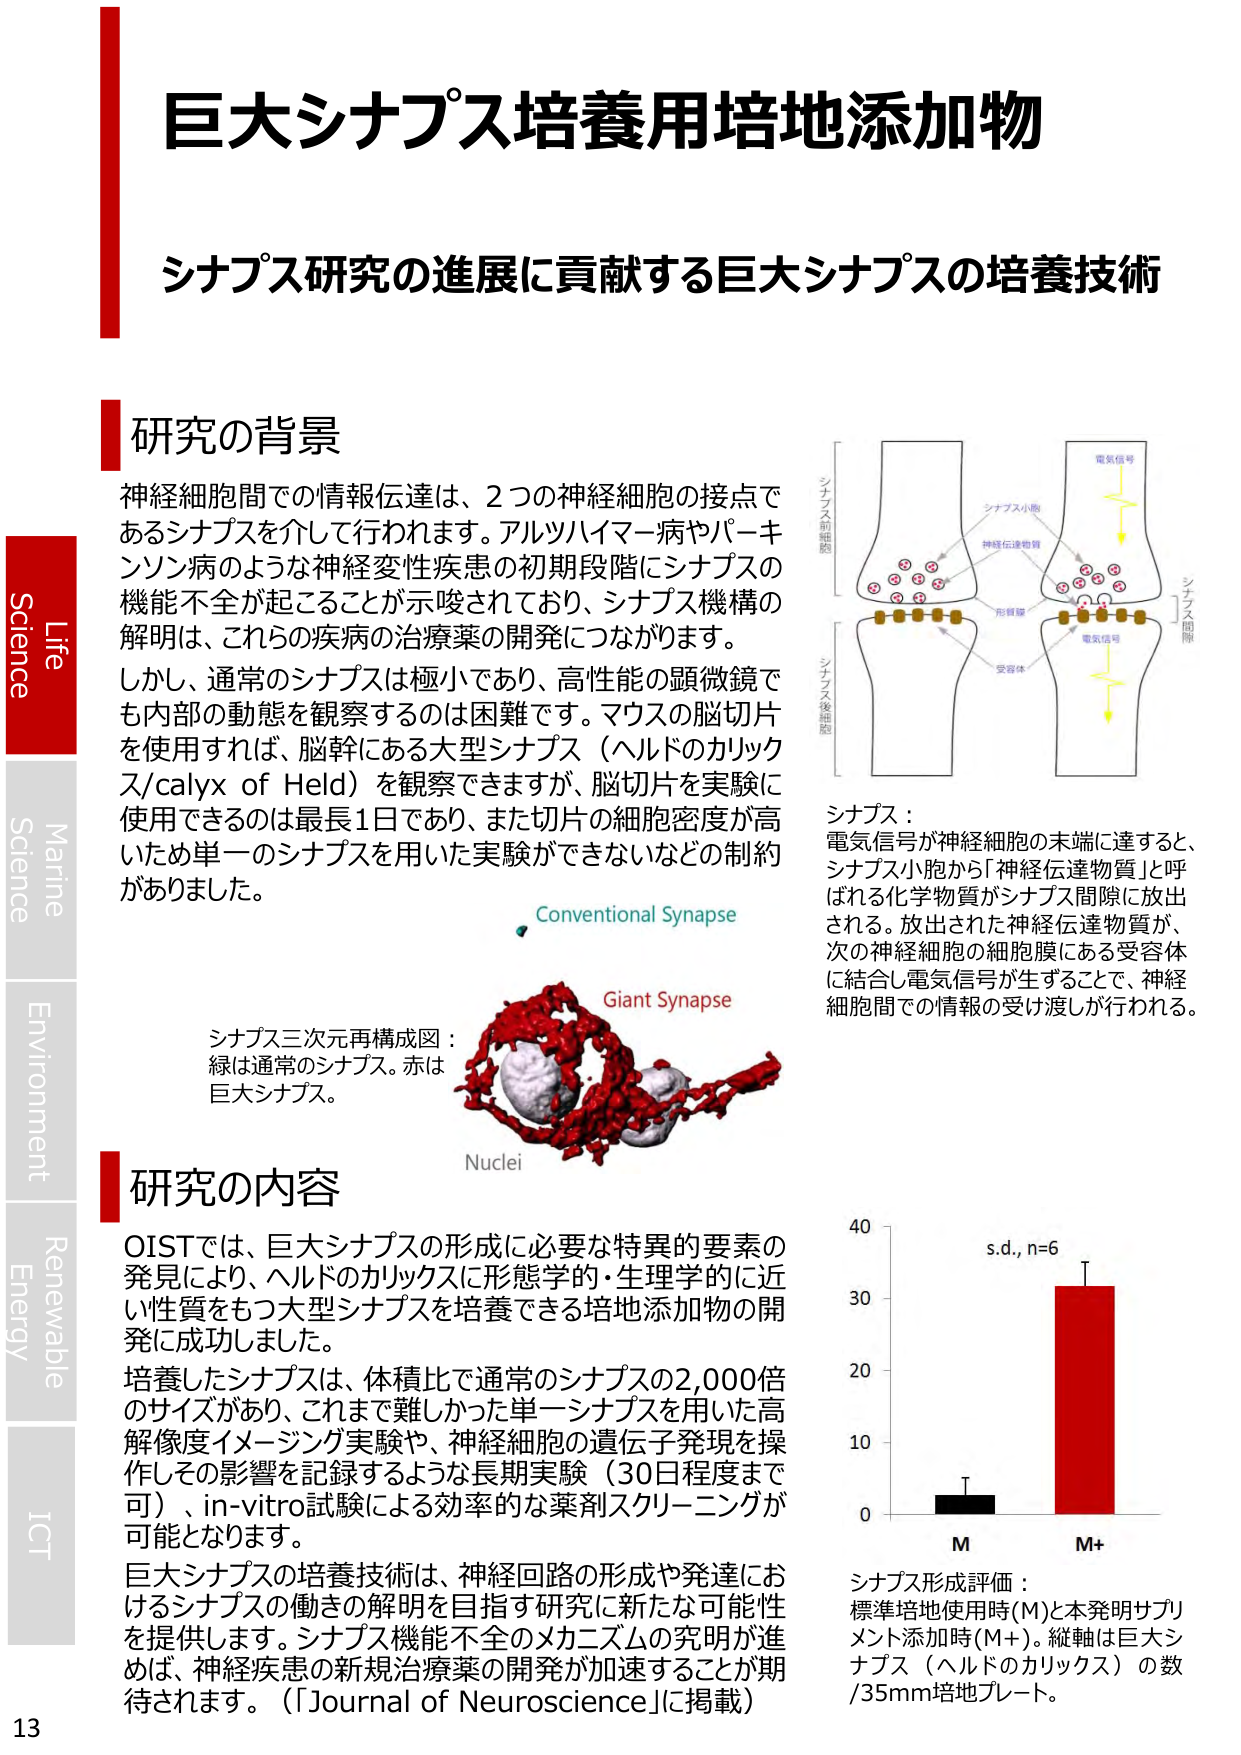
巨大シナプス培養用培地添加物
シナプス研究の進展に貢献する巨大シナプスの培養技術

研究の背景
神経細胞間での情報伝達は、2つの神経細胞の接点であるシナプスを介して行われます。アルツハイマー病やパーキンソン病のような神経変性疾患の初期段階にシナプスの機能不全が起こることが示唆されており、シナプス機構の解明は、これらの疾病の治療薬の開発につながります。
しかし、通常のシナプスは極小であり、高性能の顕微鏡でも内部の動態を観察するのは困難です。マウスの脳切片を使用すれば、脳幹にある大型シナプス（ヘルドのカリクス/calyx of Held）を観察できますが、脳切片を実験に使用できるのは最長1日であり、また切片の細胞密度が高いため単一のシナプスを用いた実験ができないなどの制約がありました。

シナプス：
電気信号が神経細胞の末端に達すると、シナプス小胞から「神経伝達物質」と呼ばれる化学物質がシナプス間隙に放出される。放出された神経伝達物質が、次の神経細胞の細胞膜にある受容体に結合し電気信号が生ずることで、神経細胞間での情報の受け渡しが行われる。

シナプス三次元再構成図：
緑は通常のシナプス。赤は巨大シナプス。

Conventional Synapse
Giant Synapse
Nuclei

研究の内容
OISTでは、巨大シナプスの形成に必要な特異的要素の発見により、ヘルドのカリクスに形態学的・生理学的に近い性質をもつ大型シナプスを培養できる培地添加物の開発に成功しました。
培養したシナプスは、体積比で通常のシナプスの2,000倍のサイズがあり、これまで難しかった単一シナプスを用いた高解像度イメージング実験や、神経細胞の遺伝子発現を操作しその影響を記録するような長期実験（30日程度まで可）、in-vitro試験による効率的な薬剤スクリーニングが可能となります。
巨大シナプスの培養技術は、神経回路の形成や発達におけるシナプスの働きの解明を目指す研究に新たな可能性を提供します。シナプス機能不全のメカニズムの究明が進めば、神経疾患の新規治療薬の開発が加速することが期待されます。（[Journal of Neuroscience]に掲載）

シナプス形成評価：
標準培地使用時(M)と本発明サプリメント添加時(M+)。縦軸は巨大シナプス（ヘルドのカリクス）の数/35mm培地プレート。

s.d., n=6
M
M+
0
10
20
30
40

Life
Science
Marine
Science
Environment
Renewable
Energy
ICT

13